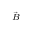
\scriptstyle { \vec { B } }